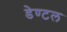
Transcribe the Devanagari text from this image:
डेण्टल